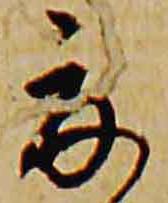
夏